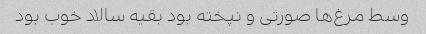
وسط مرغ‌ها صورتی و نپخته بود بقیه سالاد خوب بود